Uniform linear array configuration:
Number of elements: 24
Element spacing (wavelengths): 0.25
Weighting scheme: exponential
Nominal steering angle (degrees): -45
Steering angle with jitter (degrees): -43.149
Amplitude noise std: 0.05
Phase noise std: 0.05

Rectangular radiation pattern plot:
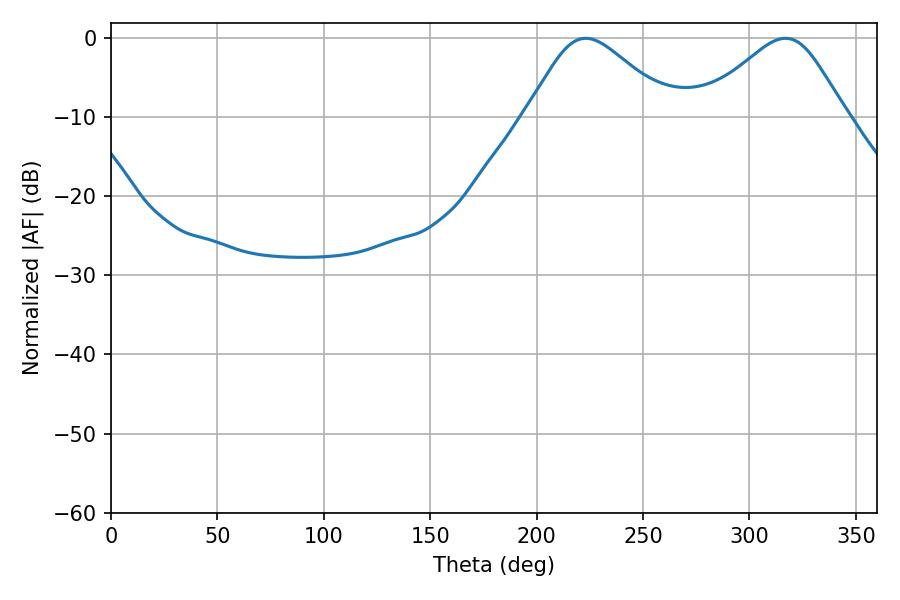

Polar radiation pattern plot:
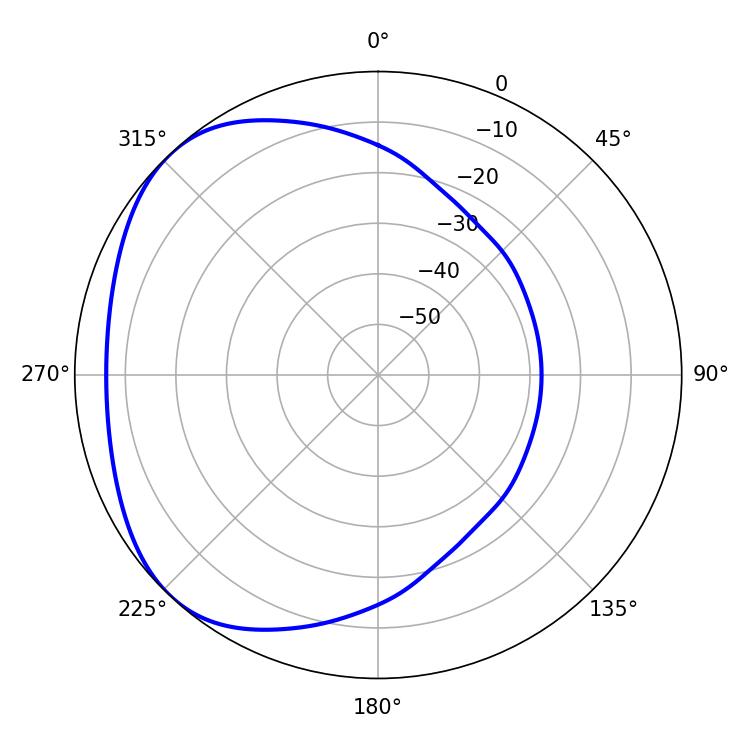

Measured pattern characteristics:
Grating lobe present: FALSE
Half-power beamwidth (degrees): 33.66
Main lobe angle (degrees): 223.02